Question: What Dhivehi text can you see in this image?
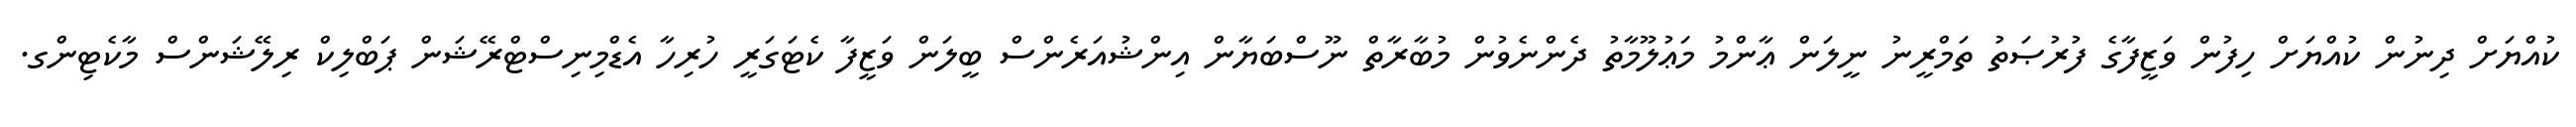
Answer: ކުއްޔަށް ދިނުން ކުއްޔަށް ހިފުން ވަޒީފާގެ ފުރުޞަތު ތަމްރީނު ނީލަން ޢާންމު މަޢުލޫމާތު ދެންނެވުން މުބާރާތް ނޫސްބަޔާން އިންޝުއަރެންސް ބީލަން ވަޒީފާ ކެޓަގަރީ ހުރިހާ އެޑްމިނިސްޓްރޭޝަން ޕަބްލިކް ރިލޭޝަންސް މާކެޓިންގ.